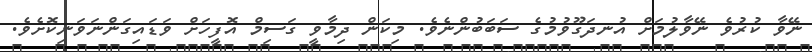
ނޭވާ ކުރުވެ ނޭވާލުމަށް އުނދަގޫވުމުގެ ސަބަބުންނެވެ. މިކަން ދިމާވީ ގަސިމް އޮފީހަށް ވަޑައިގަންނަވަނިކޮށެވެ.